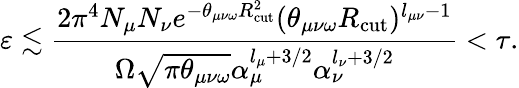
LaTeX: \varepsilon\lesssim\frac{2\pi^{4}N_{\mu}N_{\nu}e^{-\theta_{\mu\nu\omega}R_{\mathrm{cut}}^{2}}(\theta_{\mu\nu\omega}R_{\mathrm{cut}})^{l_{\mu\nu}-1}}{\Omega\sqrt{\pi\theta_{\mu\nu\omega}}\alpha_{\mu}^{l_{\mu}+3/2}\alpha_{\nu}^{l_{\nu}+3/2}}<\tau.